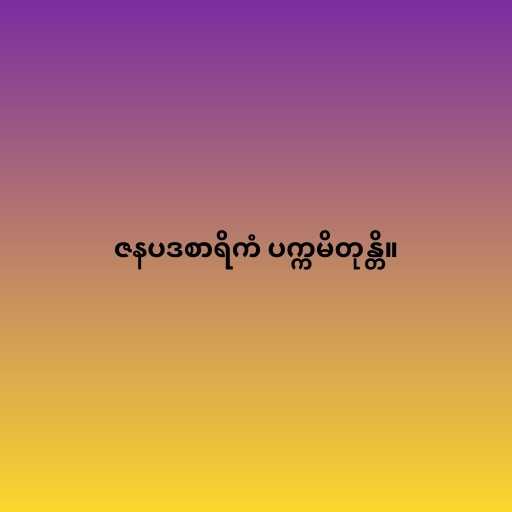
ဇနပဒစာရိကံ ပက္ကမိတုန္တိ။